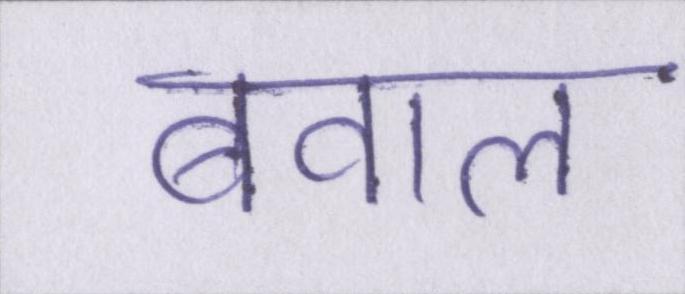
बवाल